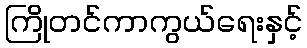
ကြိုတင်ကာကွယ်ရေးနှင့်